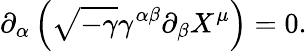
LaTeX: \partial_{\alpha}\left(\sqrt{-\gamma}\gamma^{\alpha\beta}\partial_{\beta}X^{\mu}\right)=0.